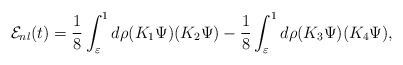
LaTeX: \begin{align*} {\cal E}_{nl}(t)=\frac{1}{8}\int_{\varepsilon}^{1}d\rho (K_1 \Psi)(K_2 \Psi)- \frac{1}{8}\int_{\varepsilon}^{1}d\rho (K_3 \Psi)(K_4 \Psi),\end{align*}